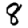
Digit: 8